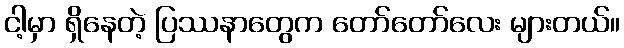
ငါ့မှာ ရှိနေတဲ့ ပြဿနာတွေက တော်တော်လေး များတယ်။